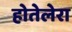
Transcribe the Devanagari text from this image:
होतेलेरा